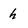
Character: h